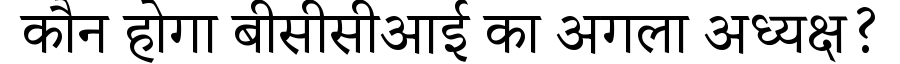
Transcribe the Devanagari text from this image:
कौन होगा बीसीसीआई का अगला अध्यक्ष?